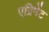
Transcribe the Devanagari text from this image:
एग्रिमेंट